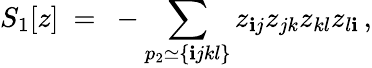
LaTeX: S_{1}[z]~=~-\sum_{p_{2}\simeq\{ \mathbf{i}jkl\} }z_{\mathbf{i}j}z_{jk}z_{kl}z_{l\mathbf{i}}\, ,